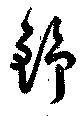
舒